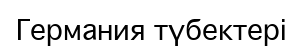
Германия түбектері